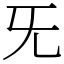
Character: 旡